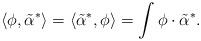
LaTeX: \begin{align*}\langle \phi, \tilde{\alpha}^* \rangle =\langle \tilde{\alpha}^*, \phi \rangle =\int \phi\cdot \tilde{\alpha}^* .\end{align*}